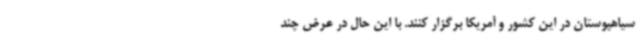
سیاهپوستان در این کشور و آمریکا برگزار کنند. با این حال در عرض چند